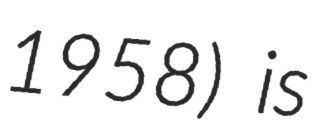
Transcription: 1958) is